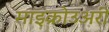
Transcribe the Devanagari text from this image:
माइक्रोउअरी